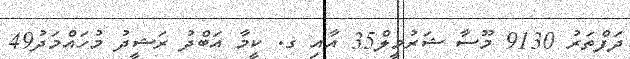
ދަފްތަރު 9130 މޫސާ ޝަރުމީލް35 އާއި ގ. ކީމާ އަބްދު ރަޝީދު މުހައްމަދު49